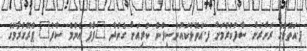
ފ.އަތޮޅުގެ ރަށްރަށް ސާފުކުރުމަށް ފ.އަތޮޅުކައުންސިލުން ކުރިއަށް ގެންދާ "ފާފު އެންމެ ސާފު" ޕްރޮގުރާމްގެ